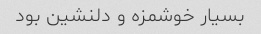
بسیار خوشمزه و دلنشین بود